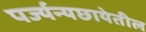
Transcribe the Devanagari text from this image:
पर्ज्यन्यछायेतील